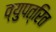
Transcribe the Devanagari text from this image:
व्युपत्रित